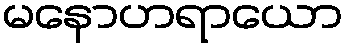
မနောဟရာယော